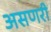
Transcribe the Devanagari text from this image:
असणरी